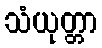
သံယုတ္တာ